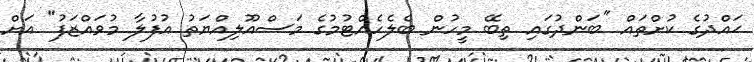
ޙައްދުގެ ކުށްތައް "ބަންދުގައި ތިބޭ މީހުން ބެލެހެއްޓުމުގެ މަސްއޫލިއްޔަތު އުފުލާ މުވައްޒަފު" އަށް